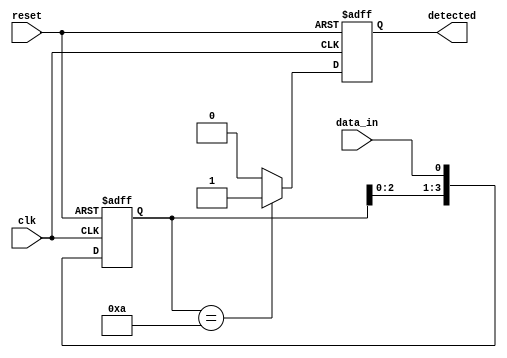
module pattern_detector #(
    parameter PATTERN_LENGTH = 4 // Length of the pattern to be detected
)(
    input wire clk,               // Clock signal
    input wire reset,             // Reset signal
    input wire data_in,           // Input data stream (1 bit)
    output reg detected           // Output signal (high when pattern is detected)
);

    // Pattern register: predefined pattern to be detected
    reg [PATTERN_LENGTH-1:0] pattern = 4'b1010; // Example pattern
    reg [PATTERN_LENGTH-1:0] shift_reg;           // Shift register to store incoming bits

    always @(posedge clk or posedge reset) begin
        if (reset) begin
            shift_reg <= 0;       // Reset the shift register
            detected <= 0;        // Reset detected output
        end else begin
            // Shift in the new bit
            shift_reg <= {shift_reg[PATTERN_LENGTH-2:0], data_in};

            // Compare the shift register with the pattern
            if (shift_reg == pattern) begin
                detected <= 1;     // Pattern detected
            end else begin
                detected <= 0;     // Pattern not detected
            end
        end
    end

endmodule